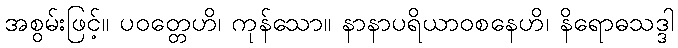
အစွမ်းဖြင့်။ ပဝတ္တေဟိ၊ ကုန်သော။ နာနာပရိယာဝစနေဟိ၊ နိရောဓသဒ္ဒါ